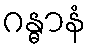
ဂန္ဓာနံ